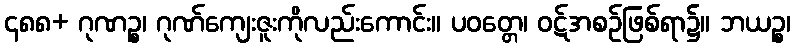
၄၈၈+ ဂုဏဉ္စ၊ ဂုဏ်ကျေးဇူးကိုလည်းကောင်း။ ပဝတ္တေ၊ ဝဋ်အစဉ်ဖြစ်ရာ၌။ ဘယဉ္စ၊